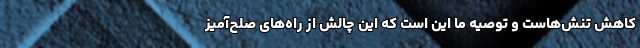
کاهش تنش‌هاست و توصیه ما این‌ است‌ که این چالش از راه‌های صلح‌آمیز